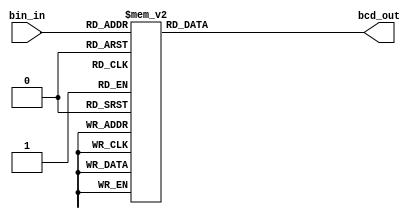
module bin2bcd (
  input [4:0] bin_in,
  output reg [7:0] bcd_out
);

  // Assign the BCD values based on the binary input
  always @* begin
    case (bin_in)
      5'b00000: bcd_out = 8'b00000001;
      5'b00001: bcd_out = 8'b00000010;
      5'b00010: bcd_out = 8'b00000100;
      5'b00011: bcd_out = 8'b00000110;
      5'b00100: bcd_out = 8'b00001000;
      5'b00101: bcd_out = 8'b00001100;
      5'b00110: bcd_out = 8'b00010000;
      5'b00111: bcd_out = 8'b00010110;
      5'b01000: bcd_out = 8'b00011000;
      5'b01001: bcd_out = 8'b00011110;
      5'b01010: bcd_out = 8'b00100000;
      5'b01011: bcd_out = 8'b00100110;
      5'b01100: bcd_out = 8'b00101000;
      5'b01101: bcd_out = 8'b00101110;
      5'b01110: bcd_out = 8'b00110000;
      5'b01111: bcd_out = 8'b00110110;
      5'b10000: bcd_out = 8'b00111000;
      5'b10001: bcd_out = 8'b00111110;
      default: bcd_out = 8'b00000000; // For invalid inputs
    endcase
  end

endmodule